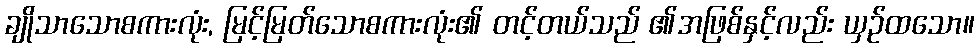
ချိုသာသောစကားလုံး, မြင့်မြတ်သောစကားလုံး၏ တင့်တယ်သည် ၏အဖြစ်နှင့်လည်း ယှဉ်ထသော။